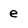
Character: e